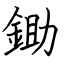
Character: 鋤